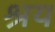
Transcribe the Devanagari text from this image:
श्रय